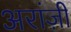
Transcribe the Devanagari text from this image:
अरांज़ी